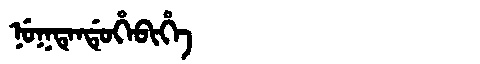
Manchu: ᠨᡠᡴᡨᡝᠨᡩᡠᡥᡝᠪᡳᡥᡝ
Romanization: NUKTENDUHEBIHE